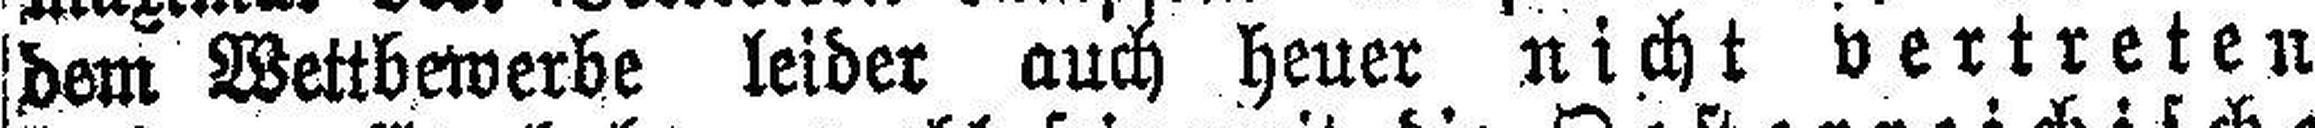
dem Wettbewerbe leider auch heuer nicht vertreten